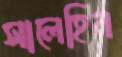
সালেহিন